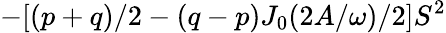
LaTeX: -[(p+q)/2-(q-p)J_{0}(2A/\omega)/2]S^{2}